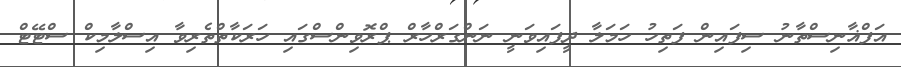
އަފްޣާނިސްތާނު ސިފައިން ފަތިހު ހަމަލާ ދީފައިވަނީ ނަންގަރްހާރް ޕްރޮވިންސްގައި ހަރަކާތްތެރިވާ އިސްލާމިކް ސްޓޭޓް